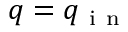
q = q _ { \mathrm { ~ i ~ n ~ } }